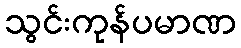
သွင်းကုန်ပမာဏ